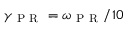
\gamma _ { \mathrm { ~ P ~ R ~ } } = \omega _ { \mathrm { ~ P ~ R ~ } } / 1 0